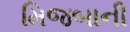
મિજબાની